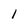
Character: I